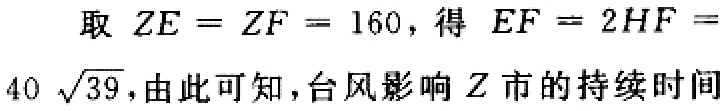
取 \(ZE = ZF = 160\)，得 \(EF = 2HF =\)

\(40\sqrt{39}\)，由此可知，台风影响 \(Z\) 市的持续时间